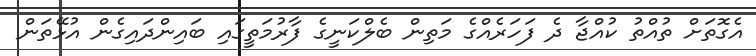
އެގޮތަށް ތުއްތު ކުއްޖާ ދެ ފަހަރެއްގެ މަތިން ބެލްކަނީގެ ފާރުމަތީގައި ބައިންދައިގެން އުޅޭތަން